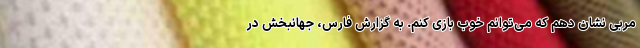
مربی نشان دهم که می‌توانم خوب بازی کنم. به گزارش فارس، جهانبخش در